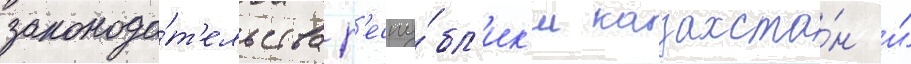
законода́т'ельства р'еспу́бл'ик'и казахста́н и́